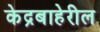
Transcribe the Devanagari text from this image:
केद्रबाहेरील